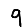
Digit: 9